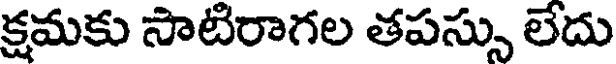
క్షమకు సాటిరాగల తపస్సు లేదు